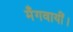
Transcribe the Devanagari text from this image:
मँगवायीं।